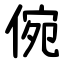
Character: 倇